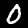
Digit: 0